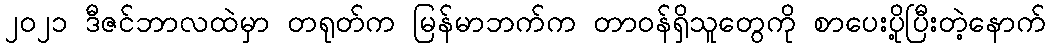
၂၀၂၁ ဒီဇင်ဘာလထဲမှာ တရုတ်က မြန်မာဘက်က တာဝန်ရှိသူတွေကို စာပေးပို့ပြီးတဲ့နောက်